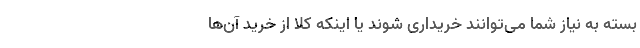
بسته به نیاز شما می‌توانند خریداری شوند یا اینکه کلا از خرید آن‌ها